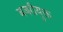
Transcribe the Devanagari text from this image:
बजरीयुक्त